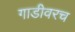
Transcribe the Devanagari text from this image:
गाडीवरच